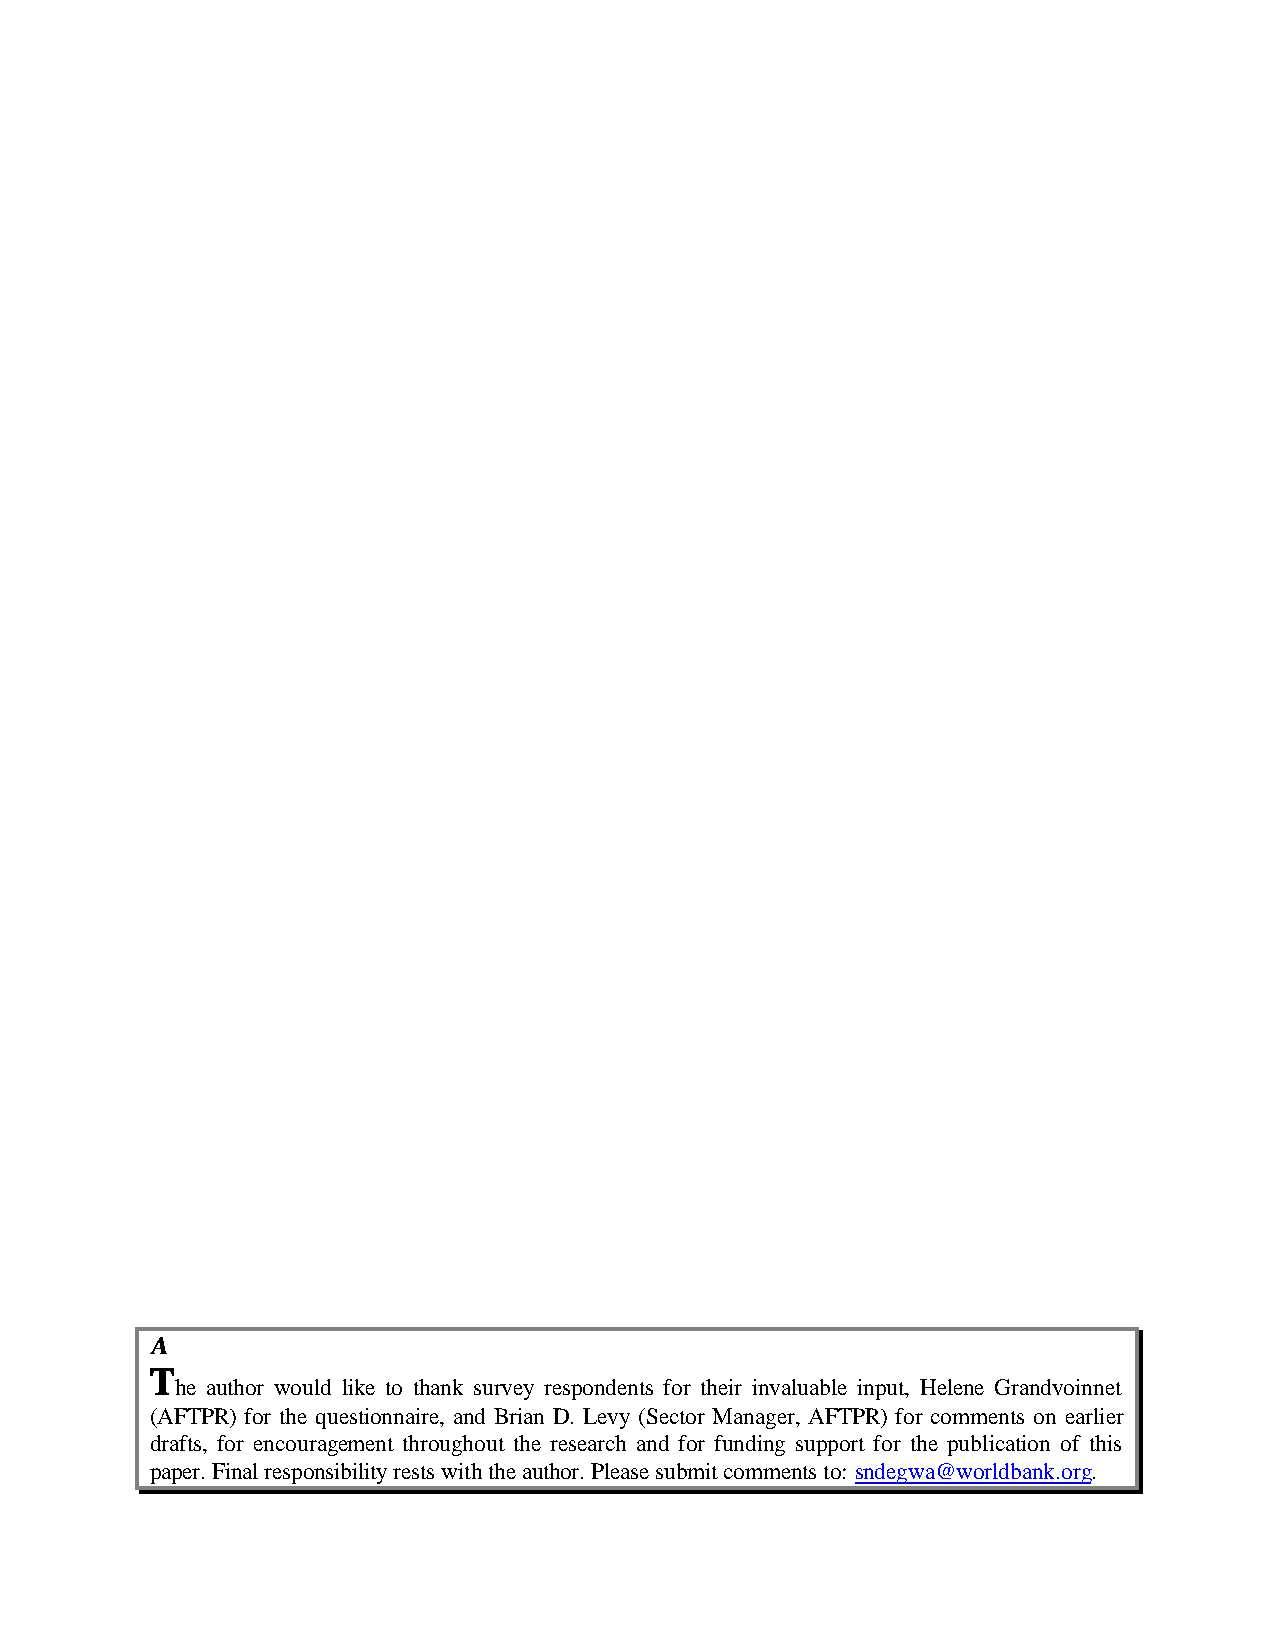
A
 T
 he author would like to thank survey respondents for their invaluable input, Helene Grandvoinnet
 (AFTPR) for the questionnaire, and Brian D. Levy (Sector Manager, AFTPR) for comments on earlier
 drafts, for encouragement throughout the research and for funding support for the publication of this
 paper. Final responsibility rests with the author. Please submit comments to: sndegwa@worldbank.org.